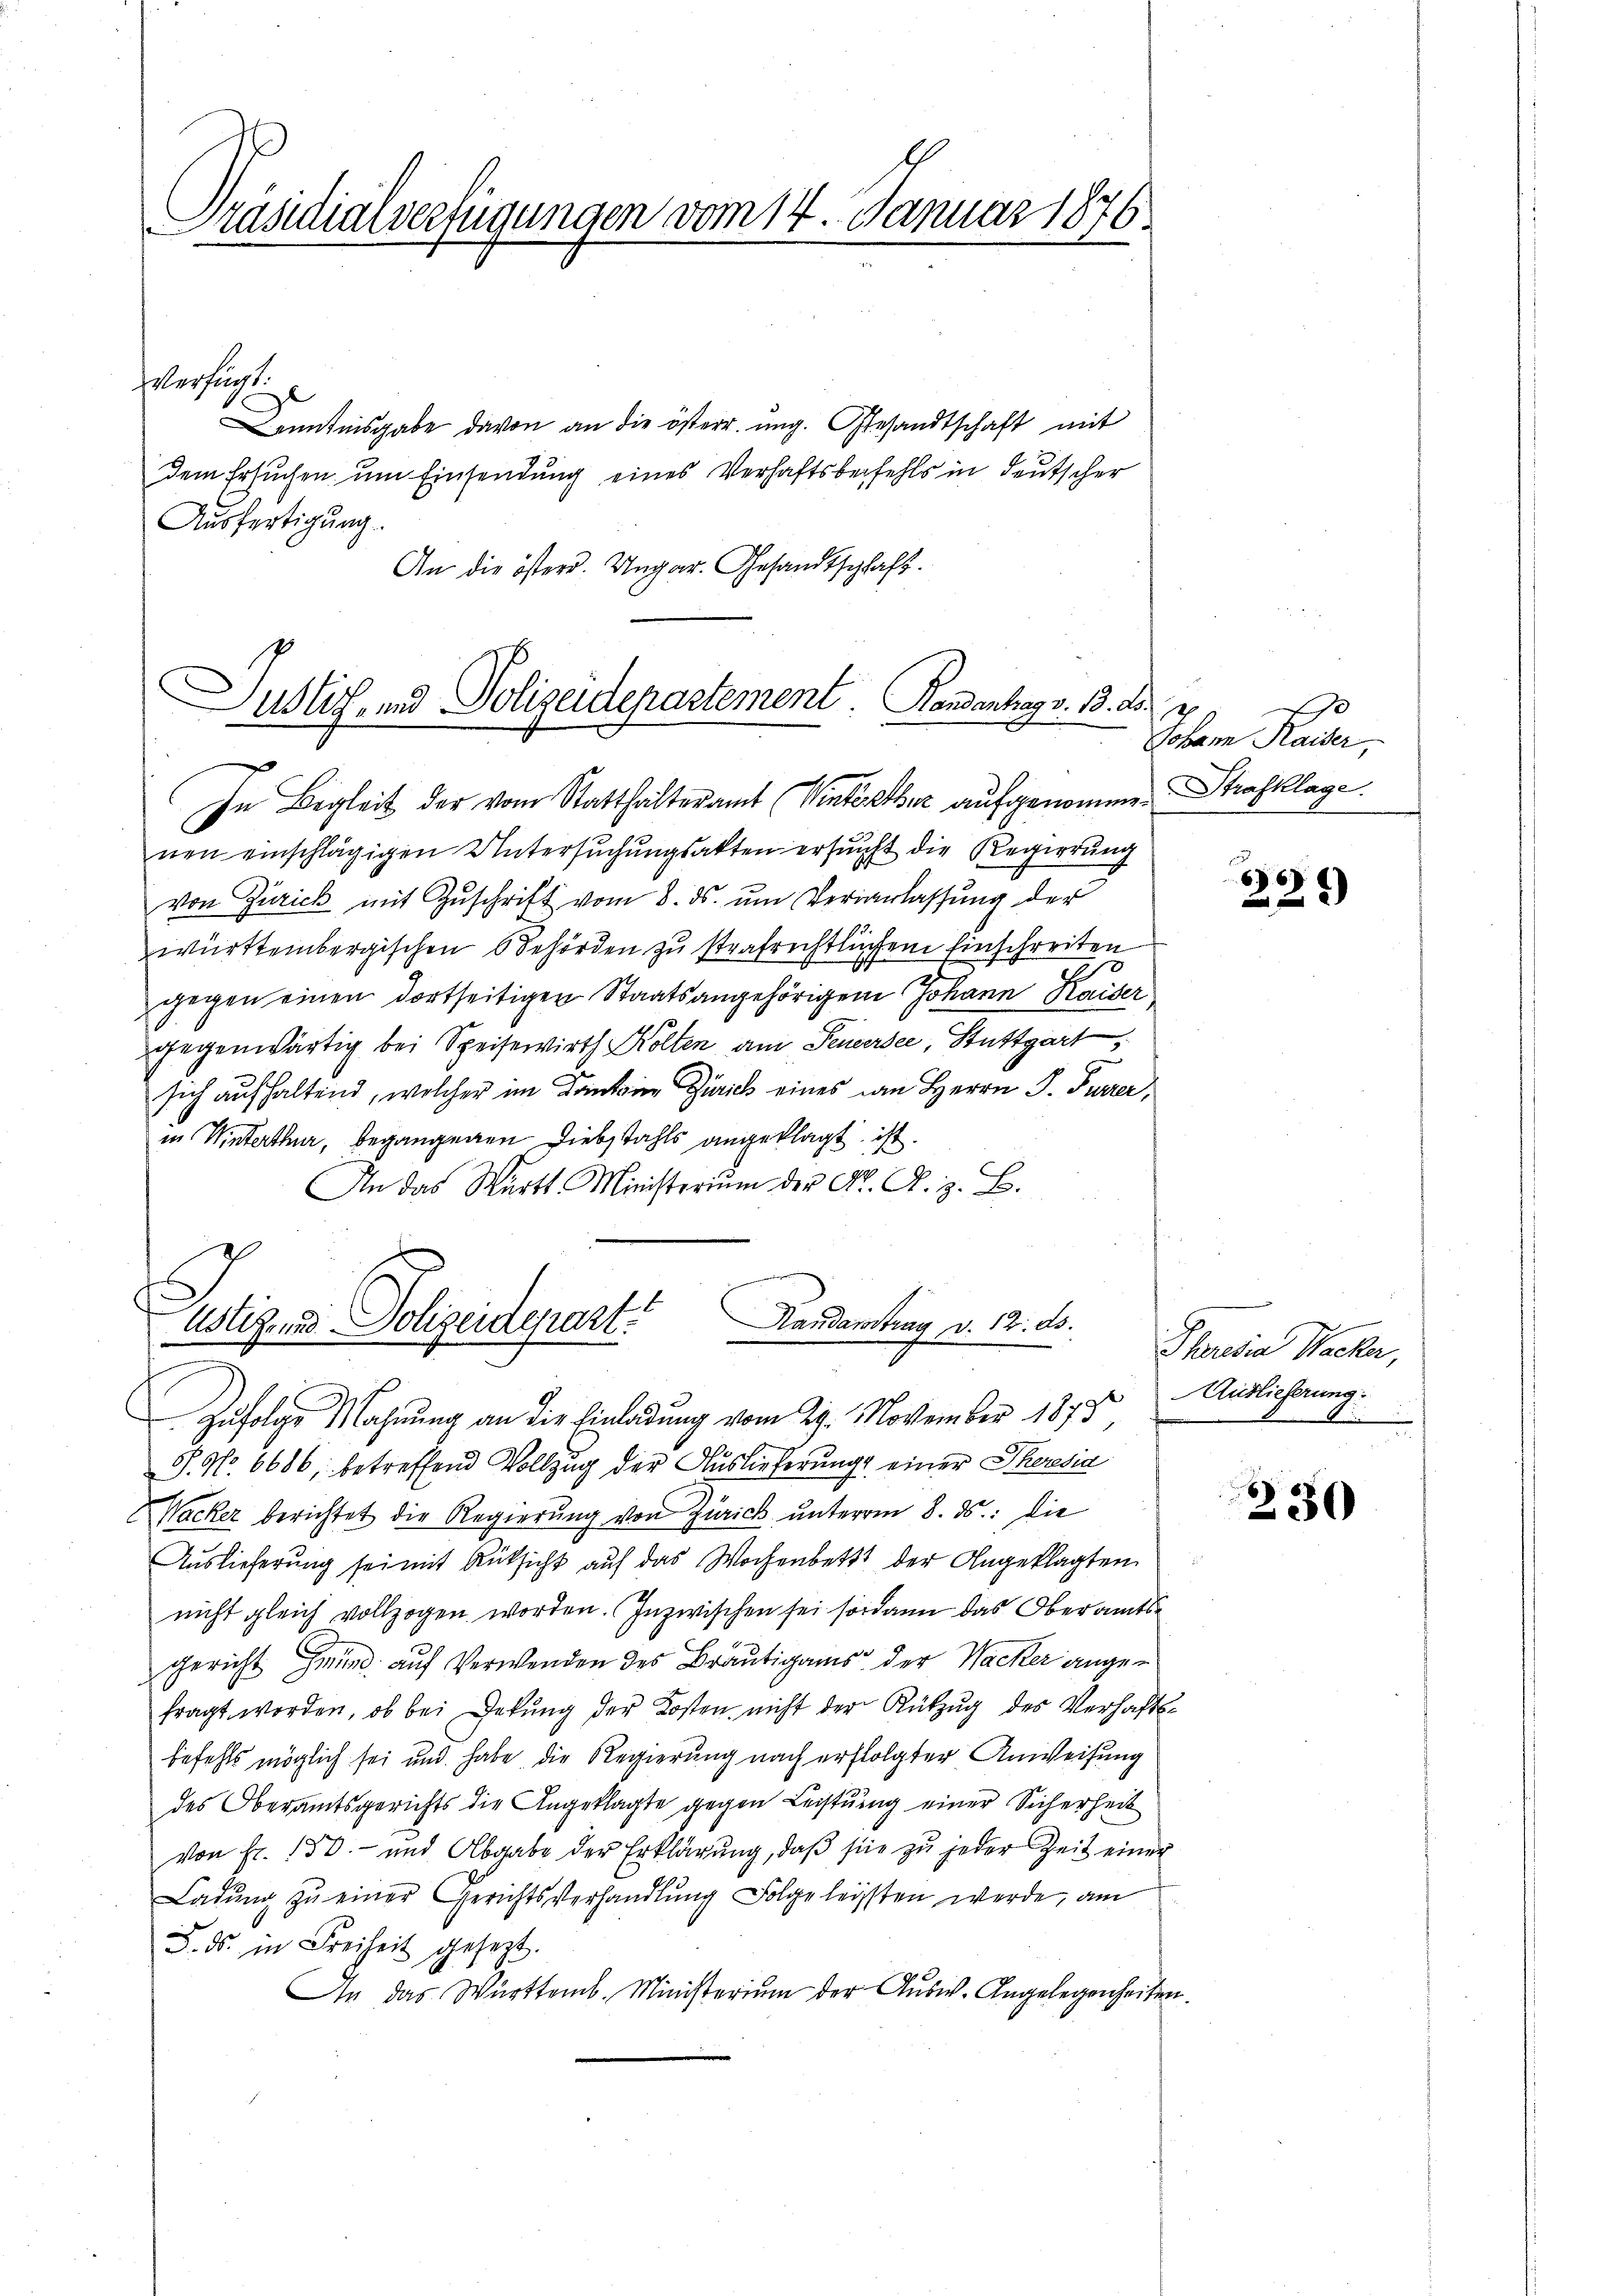
Präsidialverfügungen vom 14. Januar 1876.

Kenntnisgabe davon an die österr. ung. Gesandtschaft mit
dem Ersuchen um Einsendung eines Verhaftsbefehls in deutscher
Ausfertigung.
An die östers. Ungar. Gesandtschaft.

Verfügt:

Justiz- und Polizeidepartement. Handentrag v. 18. d. 2
In Begleit der vom Statthalteramt (Winterthur aufgenommen.

nen einschlägigen Untersuchungsakten ersucht die Regierung
von Zürick mit Zŭschrift vom 8. ds. ŭm Veranlassŭng der
württembergischen Behörden zu strafrichtlichem Einschreiten
gegen einen dortseitigen Staatsangehörigene Johann Kaiser
gegenwärtig bei Speisewirth Kollen am Feuersee, Stuttgart
u
sich aufhaltend, welcher im Kanton Zürich eines im Herrn J. Furrer,
in Winterthur, begangenen Diebstahls angeklagt ist.
An das Württ. Ministerium der K. A. z. B.
P. No. 6686, betreffend Vollzug der Auslieferung einer Theresia
Wacker berichtet die Regierŭng von Zürick unterm 8. ds. die
Auslieferung sei mit Rüksicht auf das Wochenbett der Angeklagten
nicht gleich vollzogen worden. Inzwischen sei sodann das Oberamtsgericht Grund auf Verwenden des Bräutigams der Wacker angefragt worden, ob bei Dekung der Kosten nicht der Rükzug des Verhaftsbefehls möglich sei und habe die Regierung nach erfolgter Anweisung
des Oberamtsgerichts die Angeklagte gegen Leistung einer Sicherheit
von Fr. 150.- und Abgabe der Erklärŭng, daβ sie zŭ jeder Zeit einer
Ladŭng zŭ einer Gerichtsverhandlŭng Folgeleisten werde, am
5. ds. in Freiheit gesezt.
Die das Württemb. Ministerium der Ausw. Angelegenheiten

E
Randarstrag v. 12. ds.
Ustiz- und Polizeidepart
Zufolge Mahnung an die Einladung vom 29. November 1875 Auslicherung.

Johann Kaiser,
Strafklage.

6)
e
2

Theresia Wacker,

230